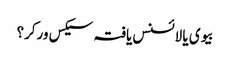
بیوی یا لائسنس یافتہ سیکس ورکر؟